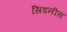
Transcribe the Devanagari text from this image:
सिडनीस